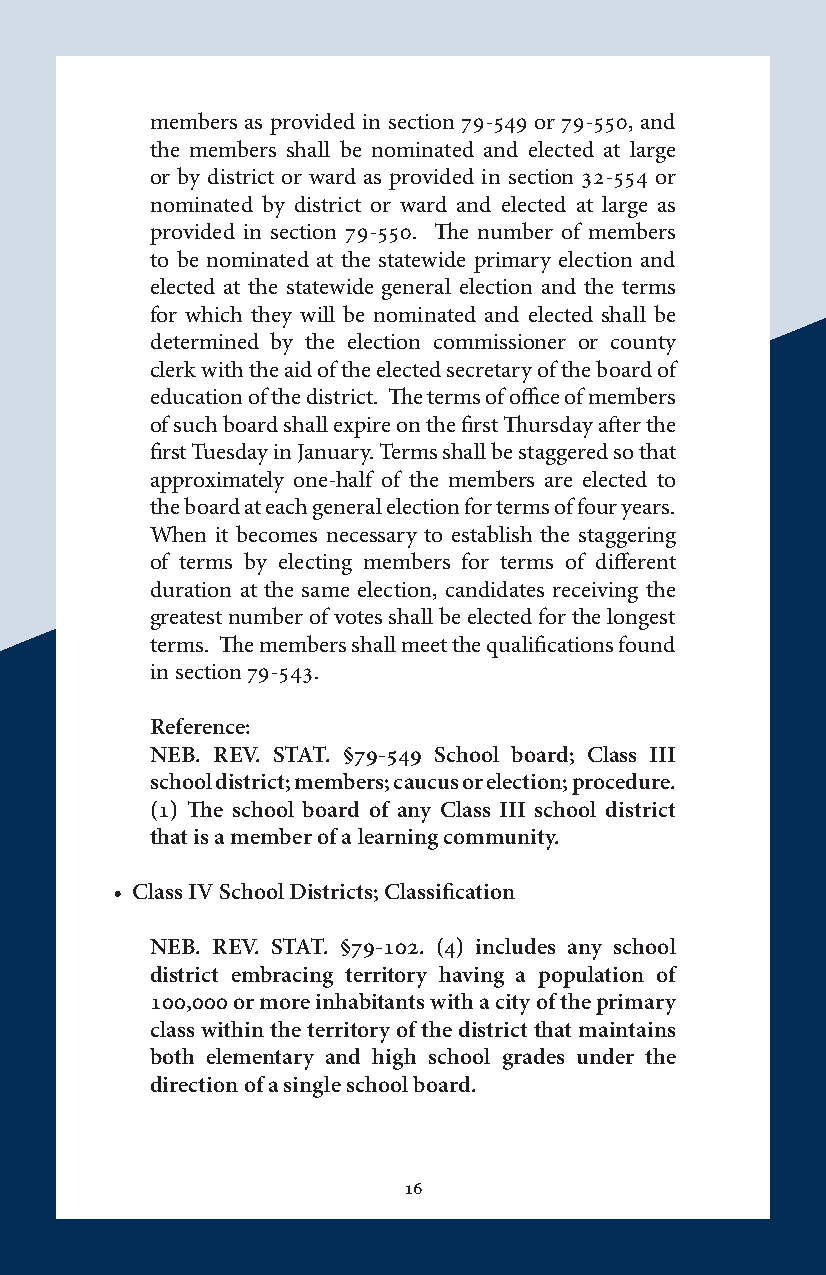
members as provided in section 79-549 or 79-550, and
 the members shall be nominated and elected at large
 or by district or ward as provided in section 32-554 or
 nominated by district or ward and elected at large as
 provided in section 79-550. The number of members
 to be nominated at the statewide primary election and
 elected at the statewide general election and the terms
 for which they will be nominated and elected shall be
 determined by the election commissioner or county
 clerk with the aid of the elected secretary of the board of
 education of the district. The terms of office of members
 of such board shall expire on the first Thursday after the
 first Tuesday in January. Terms shall be staggered so that
 approximately one-half of the members are elected to
 the board at each general election for terms of four years.
 When it becomes necessary to establish the staggering
 of terms by electing members for terms of different
 duration at the same election, candidates receiving the
 greatest number of votes shall be elected for the longest
 terms. The members shall meet the qualifications found
 in section 79-543.
 Reference:
 NEB. REV. STAT. §79-549 School board; Class III
 school district; members; caucus or election; procedure.
 (1) The school board of any Class III school district
 that is a member of a learning community.
 • Class IV School Districts; Classification
 NEB. REV. STAT. §79-102. (4) includes any school
 district embracing territory having a population of
 100,000 or more inhabitants with a city of the primary
 class within the territory of the district that maintains
 both elementary and high school grades under the
 direction of a single school board.
 16